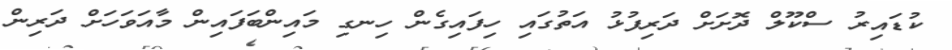
ކުޑައިރު ސްކޫލް ދޮށަށް ދަރިފުޅު އަތުގައި ހިފައިގެން ހިނގި މައިންބަފައިން މާއަވަހަށް ދަރިން